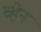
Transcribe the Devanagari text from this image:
व्‍हेन